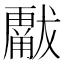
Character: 𱮫